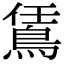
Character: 鵀